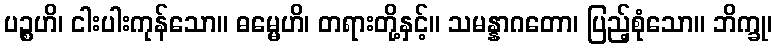
ပဉ္စဟိ၊ ငါးပါးကုန်သော။ ဓမ္မေဟိ၊ တရားတို့နှင့်။ သမန္နာဂတော၊ ပြည့်စုံသော။ ဘိက္ခု၊